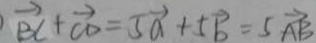
\overrightarrow { B C } + \overrightarrow { C D } = 5 \overrightarrow { a } + 5 \overrightarrow { b } = 5 \overrightarrow { A B }